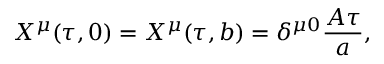
X ^ { \mu } ( \tau , 0 ) = X ^ { \mu } ( \tau , b ) = \delta ^ { \mu 0 } { \frac { A \tau } { a } } ,